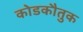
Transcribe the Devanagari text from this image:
कोडकौतुक